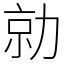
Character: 勍